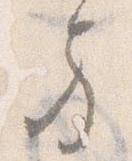
方